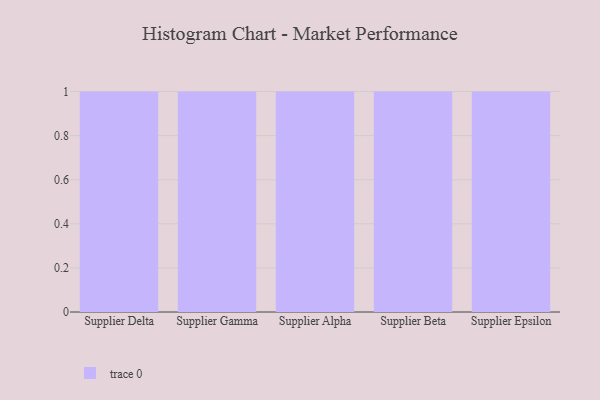
{"axis": {"x": "Supplier", "y": "Energy Usage (MWh)"}, "legend": [""], "data": [{"x": "Supplier Delta", "y": 86, "type": ""}, {"x": "Supplier Gamma", "y": 42, "type": ""}, {"x": "Supplier Alpha", "y": 40, "type": ""}, {"x": "Supplier Beta", "y": 23, "type": ""}, {"x": "Supplier Epsilon", "y": 38, "type": ""}]}